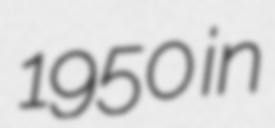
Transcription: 1950 in